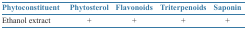
<table><thead><tr><td><b>Phytoconstituent</b></td><td><b>Phytosterol</b></td><td><b>Flavonoids</b></td><td><b>Triterpenoids</b></td><td><b>Saponin</b></td></tr></thead><tbody><tr><td>Ethanol extract</td><td>+</td><td>+</td><td>+</td><td>+</td></tr></tbody></table>